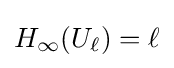
H_{\infty }(U_{\ell })=\ell